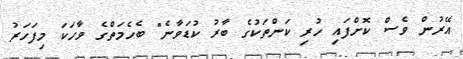
އޭރުން ވެސް ކޮށްފައި ހުރި ކަންތަކުގެ ބާރު ކުޑަވާނެ" ބެހެމަތްގެ ވާހަކަ މިފަހަރު